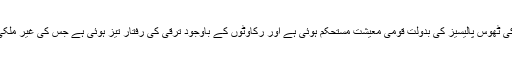
انہوں نے کہا کہ مسلم لیگ ن کی ٹھوس پالیسیز کی بدولت قومی معیشت مستحکم ہوئی ہے اور رکاوٹوں کے باوجود ترقی کی رفتار تیز ہوئی ہے جس کی غیر ملکی اداروں نے بھی تائید کی ہے۔